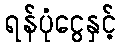
ရန်ပုံငွေနှင့်